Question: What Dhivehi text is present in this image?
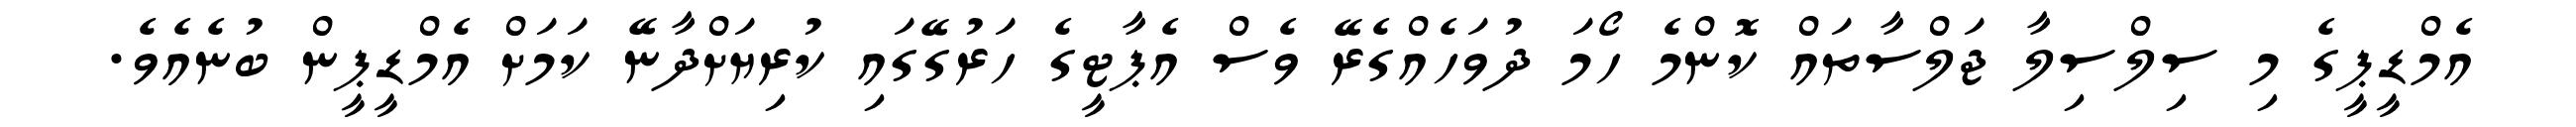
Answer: އެމްޑީޕީގެ މި ސިލްސިލާ ޖަލްސާތައް ކޮންމެ ހޯމަ ދުވަހެއްގެރޭ ވެސް އެޕާޓީގެ ހަރުގޭގައި ކުރިޔަށްދާނޭ ކަމަށް އެމްޑީޕީން ބުނެއެވެ.